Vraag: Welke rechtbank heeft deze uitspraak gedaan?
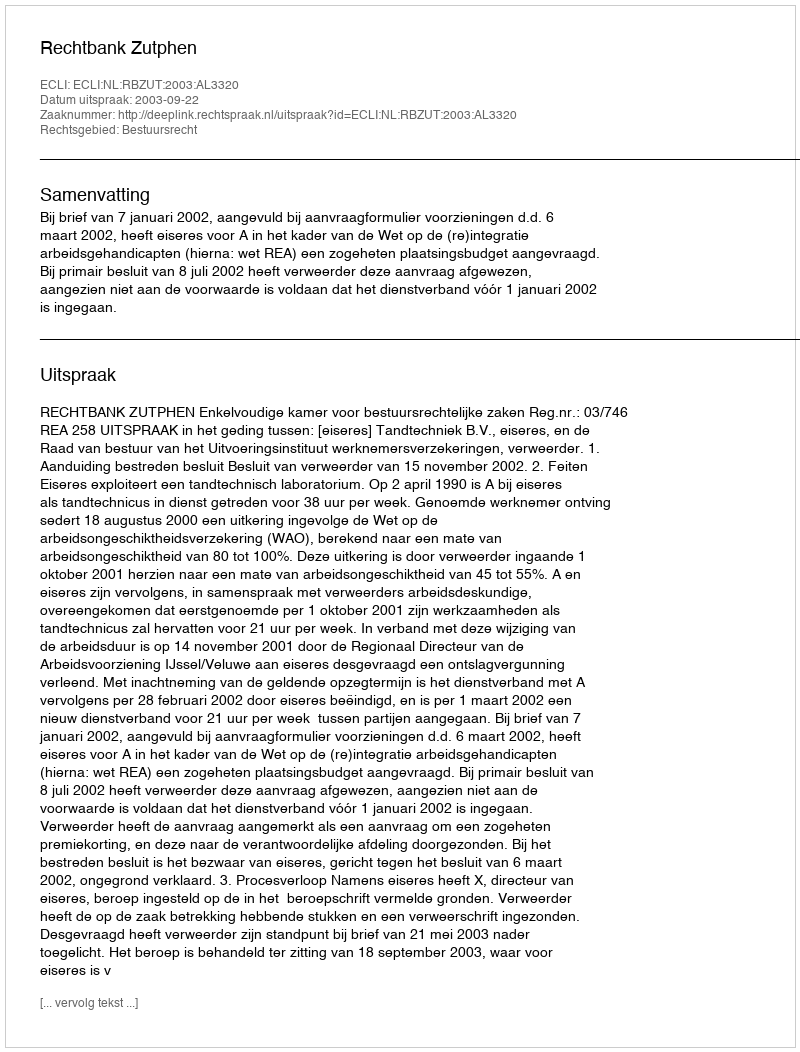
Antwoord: Rechtbank Zutphen